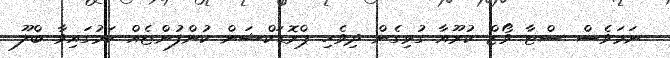
ނަމަވެސް ސްޓާ ވޯޒް ކުރޫއާ ގުޅިގެން ދިވެހި ޕްރޮޑަކްޝަން ކުންފުންޏެއް ކަމުގައިވާ ބްލޫ